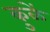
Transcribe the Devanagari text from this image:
कुळें